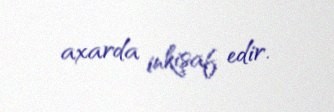
axarda inkişaf edir.